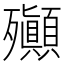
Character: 𣪀